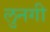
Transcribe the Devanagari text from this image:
लुनगी